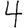
Digit: 4